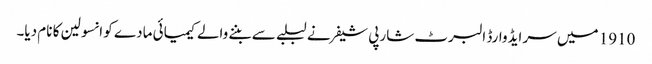
1910 میں‌ سر ایڈوارڈ البرٹ شارپی شیفر نے لبلبے سے بننے والے کیمیائی مادے کو انسولین کا نام دیا۔